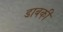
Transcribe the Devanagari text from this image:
डाबकी